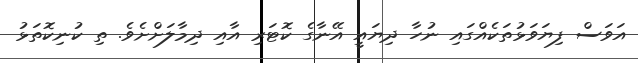
އަވަސް ފިޔަވަޅުތަކެއްގައި ނުހާ ދިޔައީ އޭނާގެ ކޮޓަރި އާއި ދިމާލަށްށެވެ. ތި ކުނިކޮތަޅު